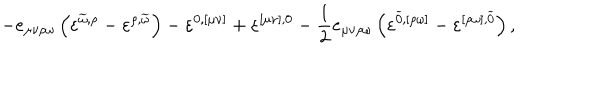
- e _ { \mu \nu \rho \omega } \left( \varepsilon ^ { \widetilde { \omega } , \rho } - \varepsilon ^ { \rho , \widetilde { \omega } } \right) - \varepsilon ^ { 0 , [ \mu \nu ] } + \varepsilon ^ { [ \mu \nu ] , 0 } - \frac { 1 } { 2 } e _ { \mu \nu \rho \omega } \left( \varepsilon ^ { \widetilde { 0 } , [ \rho \omega ] } - \varepsilon ^ { [ \rho \omega ] , \widetilde { 0 } } \right) ,